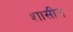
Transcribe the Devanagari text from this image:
शासीत